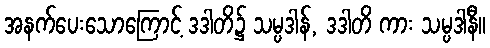
အနက်ပေးသောကြောင့် ဒဒါတိ၌ သမ္ပဒါန်, ဒဒါတိ ကား သမ္ပဒါနီ။